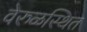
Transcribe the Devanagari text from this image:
वेरुळस्थित